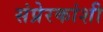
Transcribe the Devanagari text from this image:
संप्रेरकांशी